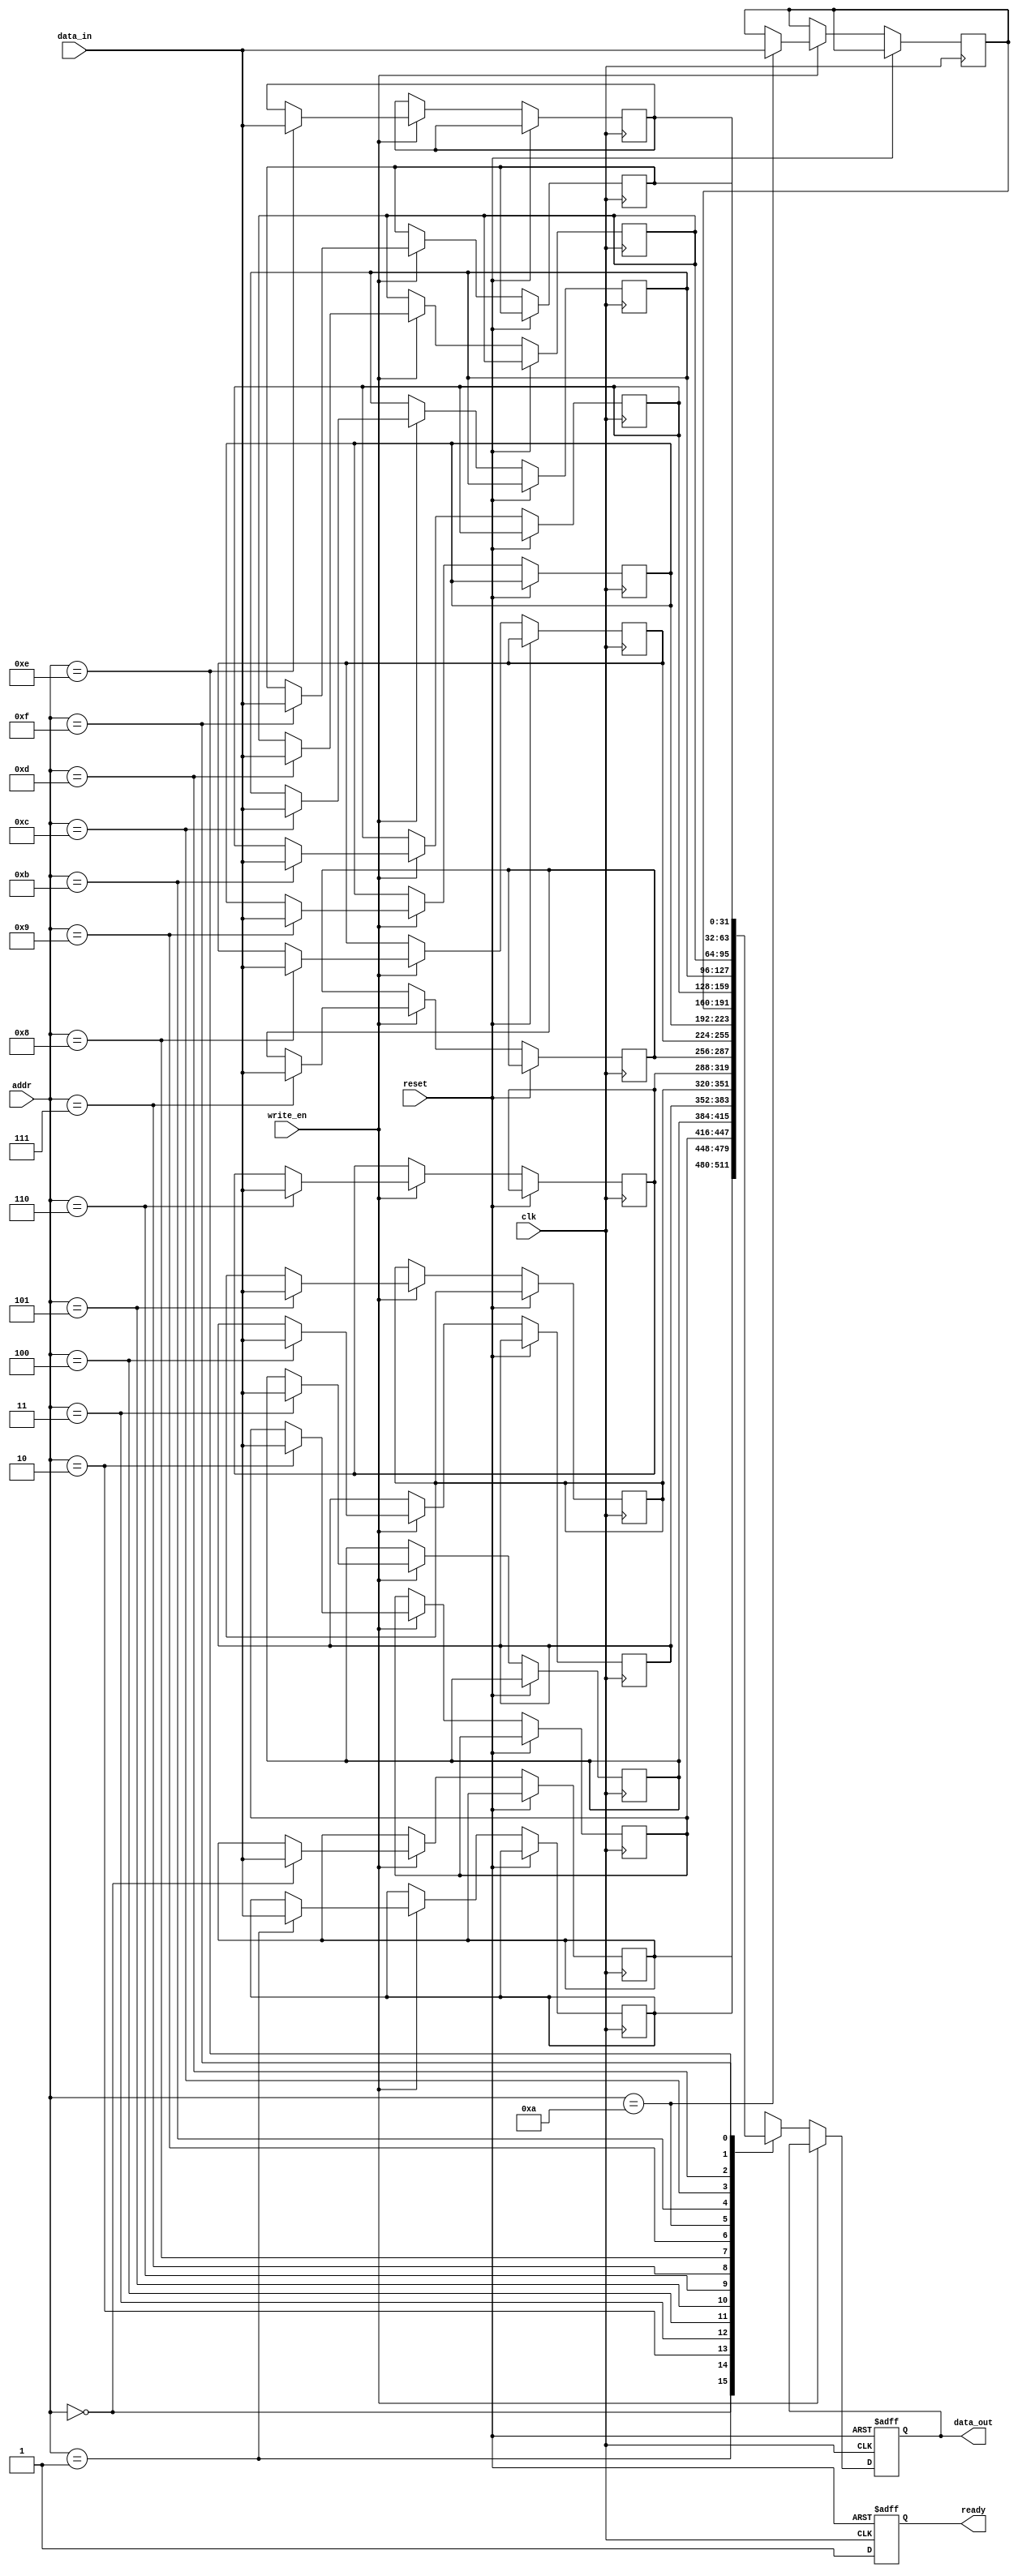
module bus_controller(
    input wire clk,
    input wire reset,
    input wire [31:0] data_in,
    input wire [3:0] addr,
    input wire write_en,
    output reg [31:0] data_out,
    output reg ready
);

reg [31:0] memory [0:15];

always @(posedge clk or posedge reset) begin
    if (reset) begin
        data_out <= 0;
        ready <= 0;
    end
    else begin
        if (write_en) begin
            memory[addr] <= data_in;
            ready <= 1;
        end
        else begin
            data_out <= memory[addr];
            ready <= 1;
        end
    end
end

endmodule